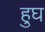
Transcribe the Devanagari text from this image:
हुघ